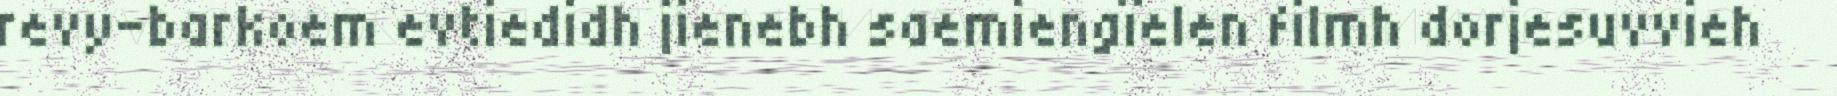
revy-barkoem evtiedidh jienebh saemiengïelen filmh dorjesuvvieh